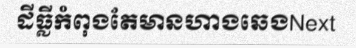
ដីធ្លីកំពុងតែមានហាងឆេងNext